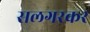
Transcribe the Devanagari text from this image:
सलगरकर